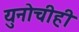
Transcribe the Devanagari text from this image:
युनोचीही